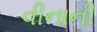
વીનાની